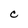
Character: C